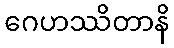
ဂေဟဿိတာနိ